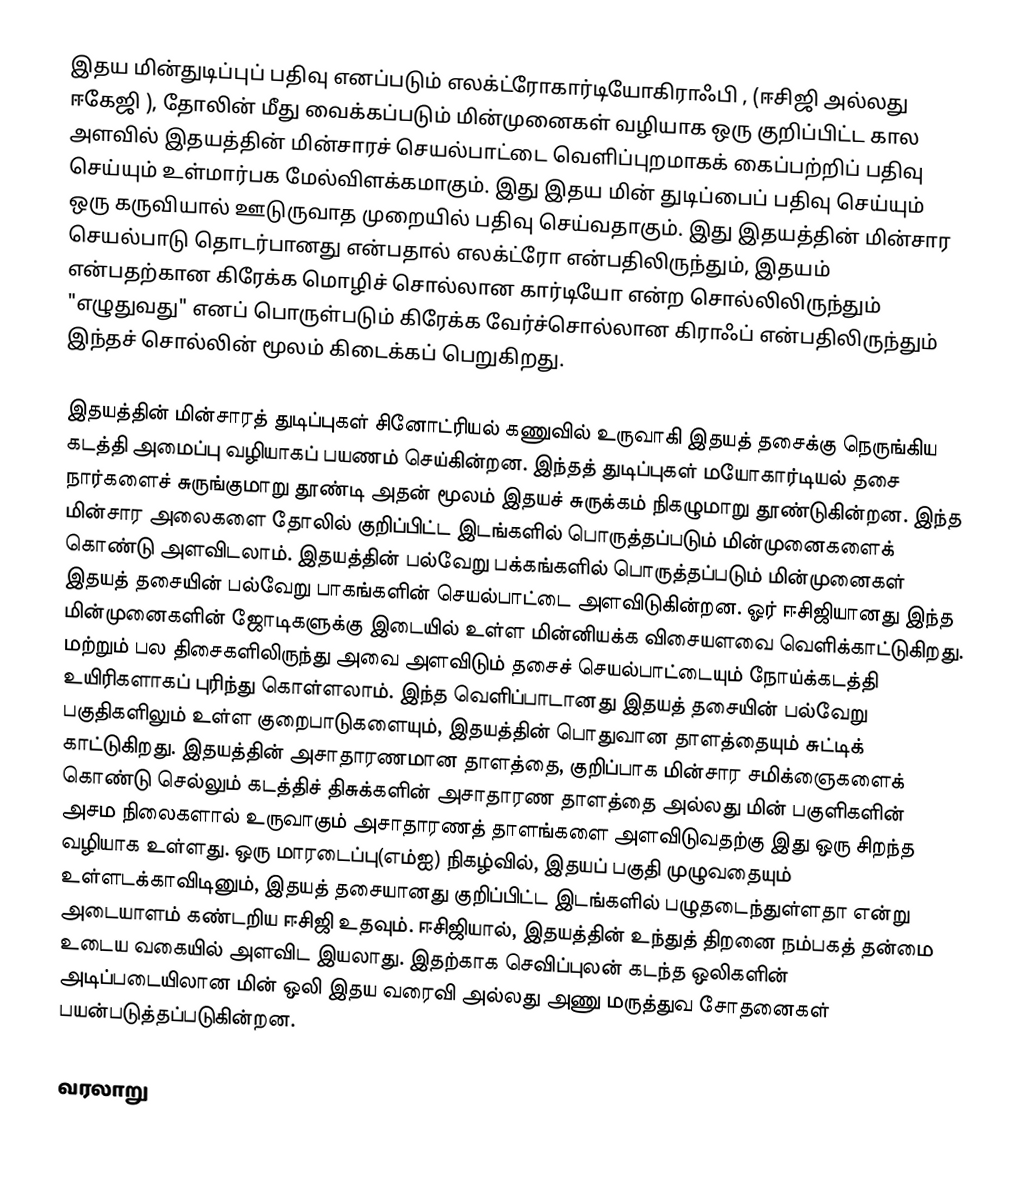
இதய மின்துடிப்புப் பதிவு எனப்படும் எலக்ட்ரோகார்டியோகிராஃபி , (ஈசிஜி அல்லது ஈகேஜி ), தோலின் மீது வைக்கப்படும் மின்முனைகள் வழியாக ஒரு குறிப்பிட்ட கால அளவில் இதயத்தின் மின்சாரச் செயல்பாட்டை வெளிப்புறமாகக் கைப்பற்றிப் பதிவு செய்யும் உள்மார்பக மேல்விளக்கமாகும்.  இது இதய மின் துடிப்பைப் பதிவு செய்யும் ஒரு கருவியால் ஊடுருவாத முறையில் பதிவு செய்வதாகும். இது இதயத்தின் மின்சார செயல்பாடு தொடர்பானது என்பதால் எலக்ட்ரோ  என்பதிலிருந்தும், இதயம் என்பதற்கான கிரேக்க மொழிச் சொல்லான கார்டியோ  என்ற சொல்லிலிருந்தும் "எழுதுவது" எனப் பொருள்படும் கிரேக்க வேர்ச்சொல்லான கிராஃப்  என்பதிலிருந்தும் இந்தச் சொல்லின் மூலம் கிடைக்கப் பெறுகிறது.

இதயத்தின் மின்சாரத் துடிப்புகள் சினோட்ரியல் கணுவில் உருவாகி இதயத் தசைக்கு நெருங்கிய கடத்தி அமைப்பு வழியாகப் பயணம் செய்கின்றன. இந்தத் துடிப்புகள் மயோகார்டியல் தசை நார்களைச் சுருங்குமாறு தூண்டி அதன் மூலம் இதயச் சுருக்கம் நிகழுமாறு தூண்டுகின்றன. இந்த மின்சார அலைகளை தோலில் குறிப்பிட்ட இடங்களில் பொருத்தப்படும் மின்முனைகளைக் கொண்டு அளவிடலாம். இதயத்தின் பல்வேறு பக்கங்களில் பொருத்தப்படும் மின்முனைகள் இதயத் தசையின் பல்வேறு பாகங்களின் செயல்பாட்டை அளவிடுகின்றன. ஓர் ஈசிஜியானது இந்த மின்முனைகளின் ஜோடிகளுக்கு இடையில் உள்ள மின்னியக்க விசையளவை வெளிக்காட்டுகிறது. மற்றும் பல திசைகளிலிருந்து அவை அளவிடும் தசைச் செயல்பாட்டையும் நோய்க்கடத்தி உயிரிகளாகப் புரிந்து கொள்ளலாம். இந்த வெளிப்பாடானது இதயத் தசையின் பல்வேறு பகுதிகளிலும் உள்ள குறைபாடுகளையும், இதயத்தின் பொதுவான தாளத்தையும் சுட்டிக் காட்டுகிறது. இதயத்தின் அசாதாரணமான தாளத்தை, குறிப்பாக மின்சார சமிக்ஞைகளைக் கொண்டு செல்லும் கடத்திச் திசுக்களின் அசாதாரண தாளத்தை அல்லது மின் பகுளிகளின் அசம நிலைகளால் உருவாகும் அசாதாரணத் தாளங்களை அளவிடுவதற்கு இது ஒரு சிறந்த வழியாக உள்ளது. ஒரு மாரடைப்பு(எம்ஐ) நிகழ்வில், இதயப் பகுதி முழுவதையும் உள்ளடக்காவிடினும், இதயத் தசையானது குறிப்பிட்ட இடங்களில் பழுதடைந்துள்ளதா என்று அடையாளம் கண்டறிய ஈசிஜி உதவும்.  ஈசிஜியால், இதயத்தின் உந்துத் திறனை நம்பகத் தன்மை உடைய வகையில் அளவிட இயலாது. இதற்காக செவிப்புலன் கடந்த ஒலிகளின் அடிப்படையிலான மின் ஒலி இதய வரைவி அல்லது அணு மருத்துவ சோதனைகள் பயன்படுத்தப்படுகின்றன.

வரலாறு